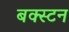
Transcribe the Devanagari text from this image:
बक्स्टन